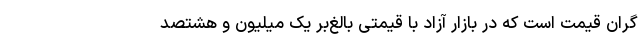
گران قیمت است که در بازار آزاد با قیمتی بالغ‌بر یک میلیون و هشتصد